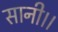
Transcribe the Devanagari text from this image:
सानी।।